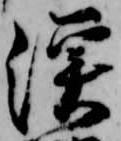
漁